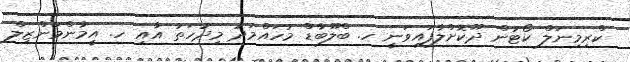
ކްރިމިނަލް ކޯޓުން ދޫކޮށްލާފައިވަނީ ހ. ބްލޫބާޑް މުހައްމަދު މިދުހަތު އާއި ހ. އީމާންމަންޒިލް